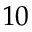
1 0